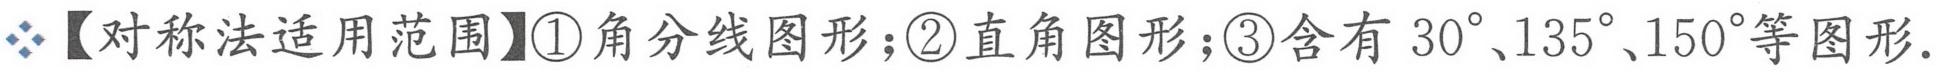
【对称法适用范围】\textcircled{1}角分线图形；\textcircled{2}直角图形；\textcircled{3}含有\(30^{\circ}、135^{\circ}、150^{\circ}\)等图形.